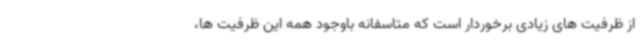
از ظرفیت های زیادی برخوردار است که متاسفانه باوجود همه این ظرفیت ها،